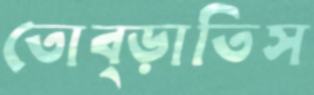
তোব্‌ড়াতিস